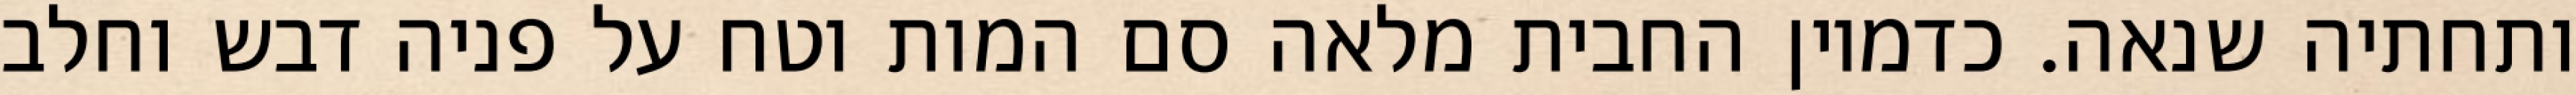
ותחתיה שנאה. כדמיון החבית מלאה סם המות וטח על פניה דבש וחלב